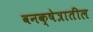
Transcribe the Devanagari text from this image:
वनक्षेत्रातील